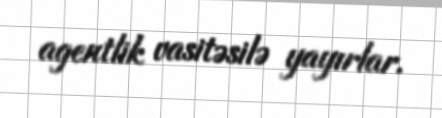
agentlik vasitəsilə yayırlar.